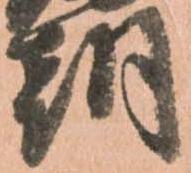
朝